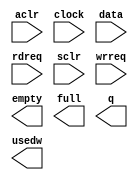
// This program was cloned from: https://github.com/cxdzyq1110/posture_recognition_CNN
// License: GNU General Public License v3.0

// megafunction wizard: %FIFO%VBB%
// GENERATION: STANDARD
// VERSION: WM1.0
// MODULE: scfifo 

// ============================================================
// Megafunction Name(s):
// 			scfifo
//
// Simulation Library Files(s):
// 			altera_mf
// ============================================================
// ************************************************************
// THIS IS A WIZARD-GENERATED FILE. DO NOT EDIT THIS FILE!
//
// 14.0.0 Build 200 06/17/2014 SJ Full Version
// ************************************************************

//Copyright (C) 1991-2014 Altera Corporation. All rights reserved.
//Your use of Altera Corporation's design tools, logic functions 
//and other software and tools, and its AMPP partner logic 
//functions, and any output files from any of the foregoing 
//(including device programming or simulation files), and any 
//associated documentation or information are expressly subject 
//to the terms and conditions of the Altera Program License 
//Subscription Agreement, the Altera Quartus II License Agreement,
//the Altera MegaCore Function License Agreement, or other 
//applicable license agreement, including, without limitation, 
//that your use is for the sole purpose of programming logic 
//devices manufactured by Altera and sold by Altera or its 
//authorized distributors.  Please refer to the applicable 
//agreement for further details.

module svm_vut_scfifo_1649x128 (
	aclr,
	clock,
	data,
	rdreq,
	sclr,
	wrreq,
	empty,
	full,
	q,
	usedw);

	input	  aclr;
	input	  clock;
	input	[1648:0]  data;
	input	  rdreq;
	input	  sclr;
	input	  wrreq;
	output	  empty;
	output	  full;
	output	[1648:0]  q;
	output	[7:0]  usedw;

endmodule

// ============================================================
// CNX file retrieval info
// ============================================================
// Retrieval info: PRIVATE: AlmostEmpty NUMERIC "0"
// Retrieval info: PRIVATE: AlmostEmptyThr NUMERIC "-1"
// Retrieval info: PRIVATE: AlmostFull NUMERIC "0"
// Retrieval info: PRIVATE: AlmostFullThr NUMERIC "-1"
// Retrieval info: PRIVATE: CLOCKS_ARE_SYNCHRONIZED NUMERIC "0"
// Retrieval info: PRIVATE: Clock NUMERIC "0"
// Retrieval info: PRIVATE: Depth NUMERIC "256"
// Retrieval info: PRIVATE: Empty NUMERIC "1"
// Retrieval info: PRIVATE: Full NUMERIC "1"
// Retrieval info: PRIVATE: INTENDED_DEVICE_FAMILY STRING "Cyclone V"
// Retrieval info: PRIVATE: LE_BasedFIFO NUMERIC "0"
// Retrieval info: PRIVATE: LegacyRREQ NUMERIC "1"
// Retrieval info: PRIVATE: MAX_DEPTH_BY_9 NUMERIC "0"
// Retrieval info: PRIVATE: OVERFLOW_CHECKING NUMERIC "0"
// Retrieval info: PRIVATE: Optimize NUMERIC "0"
// Retrieval info: PRIVATE: RAM_BLOCK_TYPE NUMERIC "0"
// Retrieval info: PRIVATE: SYNTH_WRAPPER_GEN_POSTFIX STRING "0"
// Retrieval info: PRIVATE: UNDERFLOW_CHECKING NUMERIC "0"
// Retrieval info: PRIVATE: UsedW NUMERIC "1"
// Retrieval info: PRIVATE: Width NUMERIC "1649"
// Retrieval info: PRIVATE: dc_aclr NUMERIC "0"
// Retrieval info: PRIVATE: diff_widths NUMERIC "0"
// Retrieval info: PRIVATE: msb_usedw NUMERIC "0"
// Retrieval info: PRIVATE: output_width NUMERIC "1649"
// Retrieval info: PRIVATE: rsEmpty NUMERIC "1"
// Retrieval info: PRIVATE: rsFull NUMERIC "0"
// Retrieval info: PRIVATE: rsUsedW NUMERIC "0"
// Retrieval info: PRIVATE: sc_aclr NUMERIC "1"
// Retrieval info: PRIVATE: sc_sclr NUMERIC "1"
// Retrieval info: PRIVATE: wsEmpty NUMERIC "0"
// Retrieval info: PRIVATE: wsFull NUMERIC "1"
// Retrieval info: PRIVATE: wsUsedW NUMERIC "0"
// Retrieval info: LIBRARY: altera_mf altera_mf.altera_mf_components.all
// Retrieval info: CONSTANT: ADD_RAM_OUTPUT_REGISTER STRING "OFF"
// Retrieval info: CONSTANT: INTENDED_DEVICE_FAMILY STRING "Cyclone V"
// Retrieval info: CONSTANT: LPM_NUMWORDS NUMERIC "256"
// Retrieval info: CONSTANT: LPM_SHOWAHEAD STRING "OFF"
// Retrieval info: CONSTANT: LPM_TYPE STRING "scfifo"
// Retrieval info: CONSTANT: LPM_WIDTH NUMERIC "1649"
// Retrieval info: CONSTANT: LPM_WIDTHU NUMERIC "8"
// Retrieval info: CONSTANT: OVERFLOW_CHECKING STRING "ON"
// Retrieval info: CONSTANT: UNDERFLOW_CHECKING STRING "ON"
// Retrieval info: CONSTANT: USE_EAB STRING "ON"
// Retrieval info: USED_PORT: aclr 0 0 0 0 INPUT NODEFVAL "aclr"
// Retrieval info: USED_PORT: clock 0 0 0 0 INPUT NODEFVAL "clock"
// Retrieval info: USED_PORT: data 0 0 1649 0 INPUT NODEFVAL "data[1648..0]"
// Retrieval info: USED_PORT: empty 0 0 0 0 OUTPUT NODEFVAL "empty"
// Retrieval info: USED_PORT: full 0 0 0 0 OUTPUT NODEFVAL "full"
// Retrieval info: USED_PORT: q 0 0 1649 0 OUTPUT NODEFVAL "q[1648..0]"
// Retrieval info: USED_PORT: rdreq 0 0 0 0 INPUT NODEFVAL "rdreq"
// Retrieval info: USED_PORT: sclr 0 0 0 0 INPUT NODEFVAL "sclr"
// Retrieval info: USED_PORT: usedw 0 0 8 0 OUTPUT NODEFVAL "usedw[7..0]"
// Retrieval info: USED_PORT: wrreq 0 0 0 0 INPUT NODEFVAL "wrreq"
// Retrieval info: CONNECT: @aclr 0 0 0 0 aclr 0 0 0 0
// Retrieval info: CONNECT: @clock 0 0 0 0 clock 0 0 0 0
// Retrieval info: CONNECT: @data 0 0 1649 0 data 0 0 1649 0
// Retrieval info: CONNECT: @rdreq 0 0 0 0 rdreq 0 0 0 0
// Retrieval info: CONNECT: @sclr 0 0 0 0 sclr 0 0 0 0
// Retrieval info: CONNECT: @wrreq 0 0 0 0 wrreq 0 0 0 0
// Retrieval info: CONNECT: empty 0 0 0 0 @empty 0 0 0 0
// Retrieval info: CONNECT: full 0 0 0 0 @full 0 0 0 0
// Retrieval info: CONNECT: q 0 0 1649 0 @q 0 0 1649 0
// Retrieval info: CONNECT: usedw 0 0 8 0 @usedw 0 0 8 0
// Retrieval info: GEN_FILE: TYPE_NORMAL svm_vut_scfifo_1649x128.v TRUE
// Retrieval info: GEN_FILE: TYPE_NORMAL svm_vut_scfifo_1649x128.inc FALSE
// Retrieval info: GEN_FILE: TYPE_NORMAL svm_vut_scfifo_1649x128.cmp FALSE
// Retrieval info: GEN_FILE: TYPE_NORMAL svm_vut_scfifo_1649x128.bsf FALSE
// Retrieval info: GEN_FILE: TYPE_NORMAL svm_vut_scfifo_1649x128_inst.v FALSE
// Retrieval info: GEN_FILE: TYPE_NORMAL svm_vut_scfifo_1649x128_bb.v TRUE
// Retrieval info: LIB_FILE: altera_mf